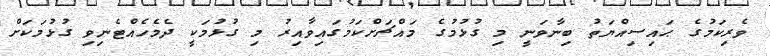
ވެރިކަމުގެ ޙައިސިއްޔަތު ބިނާވަނީ މި ގުޅުމުގެ މައްޗަށްކަމުގައިވާއިރު މި ގުޅުމަކީ ދެމެހެއްޓެނިވި ގުޅުމަކަށް